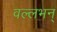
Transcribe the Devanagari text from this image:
वल्लभन्